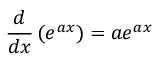
{ \frac { d } { d x } } \left( e ^ { a x } \right) = a e ^ { a x }